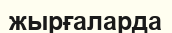
жырғаларда